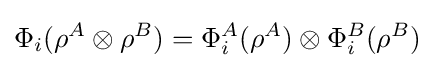
\Phi _{i}(\rho ^{A}\otimes \rho ^{B})=\Phi _{i}^{A}(\rho ^{A})\otimes \Phi _{i}^{B}(\rho ^{B})